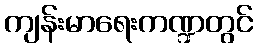
ကျန်းမာရေးကဏ္ဍတွင်